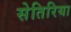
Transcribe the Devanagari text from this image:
सेतिरिया